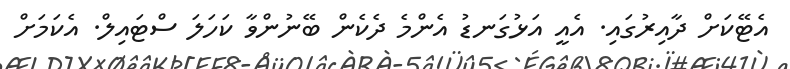
އެޓޭކަށް ދާއިރުގައި. އެއީ އަޅުގަނޑު އެންމެ ދެކެން ބޭނުންވާ ކަހަލަ ސްޓައިލް. އެކަމަށް